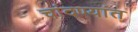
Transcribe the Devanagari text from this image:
चांदण्यांत